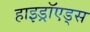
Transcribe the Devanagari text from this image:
हाइड्रॉएड्स